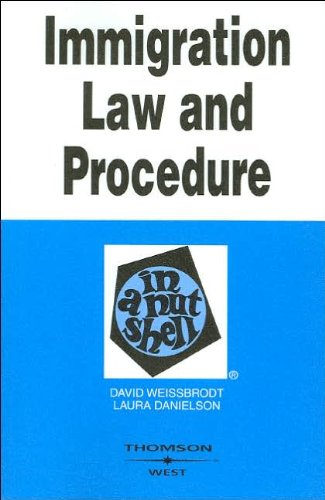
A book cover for Immigration Law and Procedure in a Nutshell (text only) 5th (Fifth) edition by D. S. Weissbrodt,L. Danielson; L. Danielson D. S. Weissbrodt; Law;